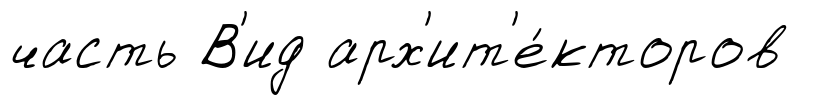
часть В'ид арх'ит'е́кторов